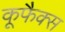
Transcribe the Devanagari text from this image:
कूफैक्स